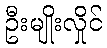
ဦးမျိုးလှိုင်